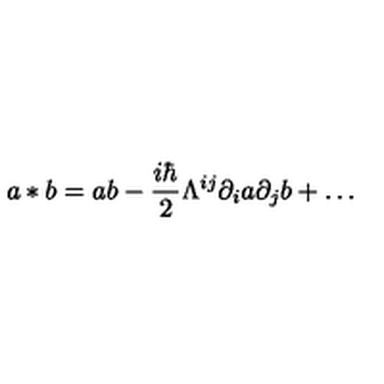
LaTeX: a * b = a b - \frac { i \hbar } 2 \Lambda ^ { i j } \partial _ { i } a \partial _ { j } b + \ldots